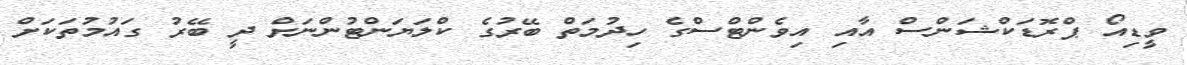
ވީޑިއޯ ޕްރޮޑަކްޝަންސް އާއި އިވެންޓްސްގެ ހިދުމަތް ބޭރުގެ ކްލަޔަންޓުންނަށް ދީ ބޭރު ގައުމުތަކަށް